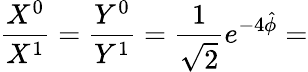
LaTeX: \frac{X^{0}}{X^{1}}=\frac{Y^{0}}{Y^{1}}=\frac{1}{\sqrt{2}}e^{-4\hat{\phi}}=